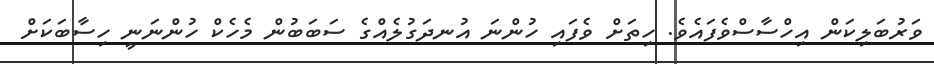
ވަރުބަލިކަން އިހްސާސްވެފައެވެ. ހިތަށް ވެފައި ހުންނަ އުނދަގުލެއްގެ ސަބަބުން މެހެކް ހުންނަނީ ހިސާބަކަށް